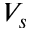
V _ { s }